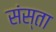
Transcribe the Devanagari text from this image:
संस्ता